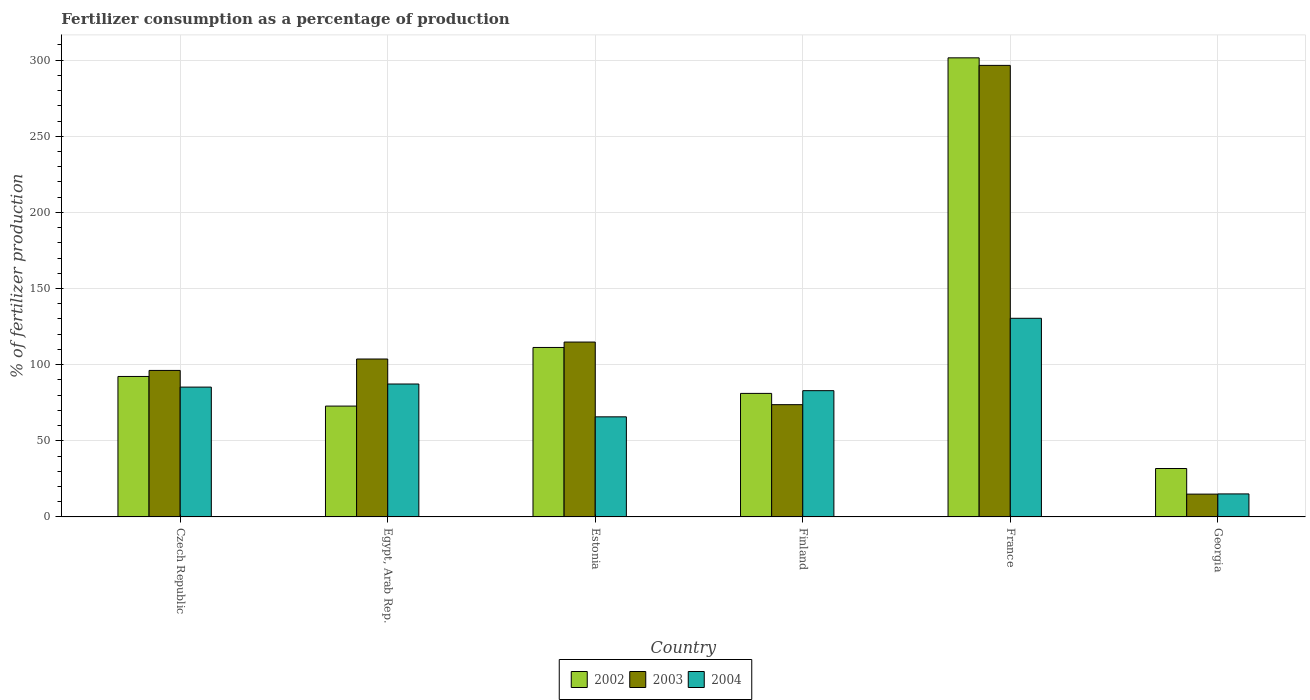
| Country | 2002 | 2003 | 2004 |
 | --- | --- | --- | --- |
 | Czech Republic | 92.3 | 96.2 | 85.3 |
 | Egypt, Arab Rep. | 72.8 | 104 | 87.3 |
 | Estonia | 111 | 115 | 65.7 |
 | Finland | 81.1 | 73.7 | 82.9 |
 | France | 302 | 297 | 130 |
 | Georgia | 31.8 | 15 | 15.1 |